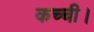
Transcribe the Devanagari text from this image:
कच्ची।